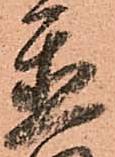
置